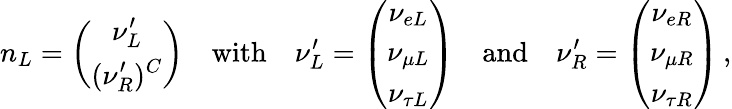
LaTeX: n_{L}=\left(\begin{array}{c}{{\displaystyle\nu_{L}^{\prime}}}\\ {{\displaystyle(\nu_{R}^{\prime})^{C}}}\end{array}\right)\quad\mathrm{with}\quad\nu_{L}^{\prime}=\left(\begin{array}{c}{{\displaystyle\nu_{eL}}}\\ {{\displaystyle\nu_{{\mu}L}}}\\ {{\displaystyle\nu_{{\tau}L}}}\end{array}\right)\quad\mathrm{and}\quad\nu_{R}^{\prime}=\left(\begin{array}{c}{{\displaystyle\nu_{eR}}}\\ {{\displaystyle\nu_{{\mu}R}}}\\ {{\displaystyle\nu_{{\tau}R}}}\end{array}\right)\, ,